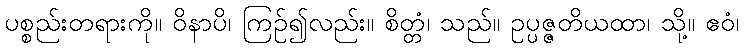
ပစ္စည်းတရားကို။ ဝိနာပိ၊ ကြဉ်၍လည်း။ စိတ္တံ၊ သည်။ ဥပ္ပဇ္ဇတိယထာ၊ သို့။ ဧဝံ၊